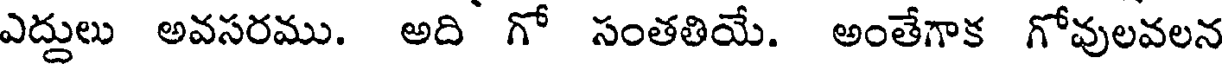
ఎద్దులు అవసరము. అది గో సంతతియే. అంతేగాక గోవులవలన